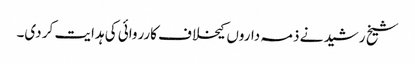
شیخ رشید نے ذمہ داروں کیخلاف کارروائی کی ہدایت کر دی۔